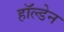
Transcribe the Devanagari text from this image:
हाॅल्डेन